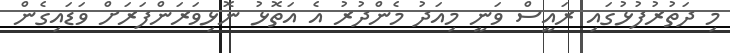
މި ދަތުރުފުޅުގައި ރައީސް ވަނީ މިއަދު މެންދުރު އެ އަތޮޅު ނޮޅިވަރަންފަރަށް ވަޑައިގެން